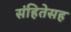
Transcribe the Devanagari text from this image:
संहितेसह